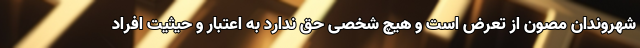
شهروندان مصون از تعرض است و هیچ شخصی حق ندارد به اعتبار و حیثیت افراد